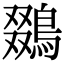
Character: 鵽